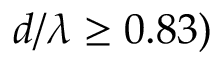
d / \lambda \ge 0 . 8 3 )